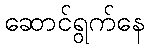
ဆောင်ရွက်နေ